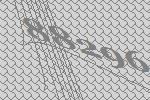
88296